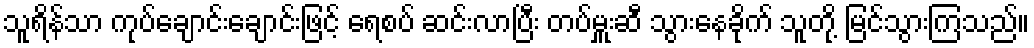
သူရိန်သာ ကုပ်ချောင်းချောင်းဖြင့် ရေစပ် ဆင်းလာပြီး တပ်မှူးဆီ သွားနေခိုက် သူတို့ မြင်သွားကြသည်။